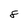
Character: 8